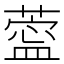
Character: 𦺝